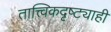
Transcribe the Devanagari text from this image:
तात्त्विकदृष्ट्याही